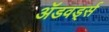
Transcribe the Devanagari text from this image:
ॲडवर्ड्स